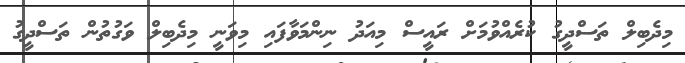
މިދެބިލް ތަސްދީގު ކުރެއްވުމަށް ރައީސް މިއަދު ނިންމަވާފައި މިވަނީ މިދެބިލް ވަގުތުން ތަސްދީގު